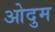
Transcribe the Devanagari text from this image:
ओदुम